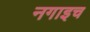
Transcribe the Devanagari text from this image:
नगाइच